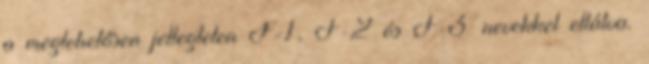
a meglehetősen jellegtelen F-1, F-2 és F-3 nevekkel ellátva.